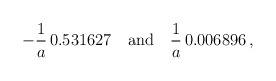
\begin{align*}-\frac{1}{a}\,0.531627 \quad \mbox{and}\quad \frac{1}{a}\,0.006896\,{,}\end{align*}